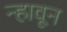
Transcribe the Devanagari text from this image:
न्हावून